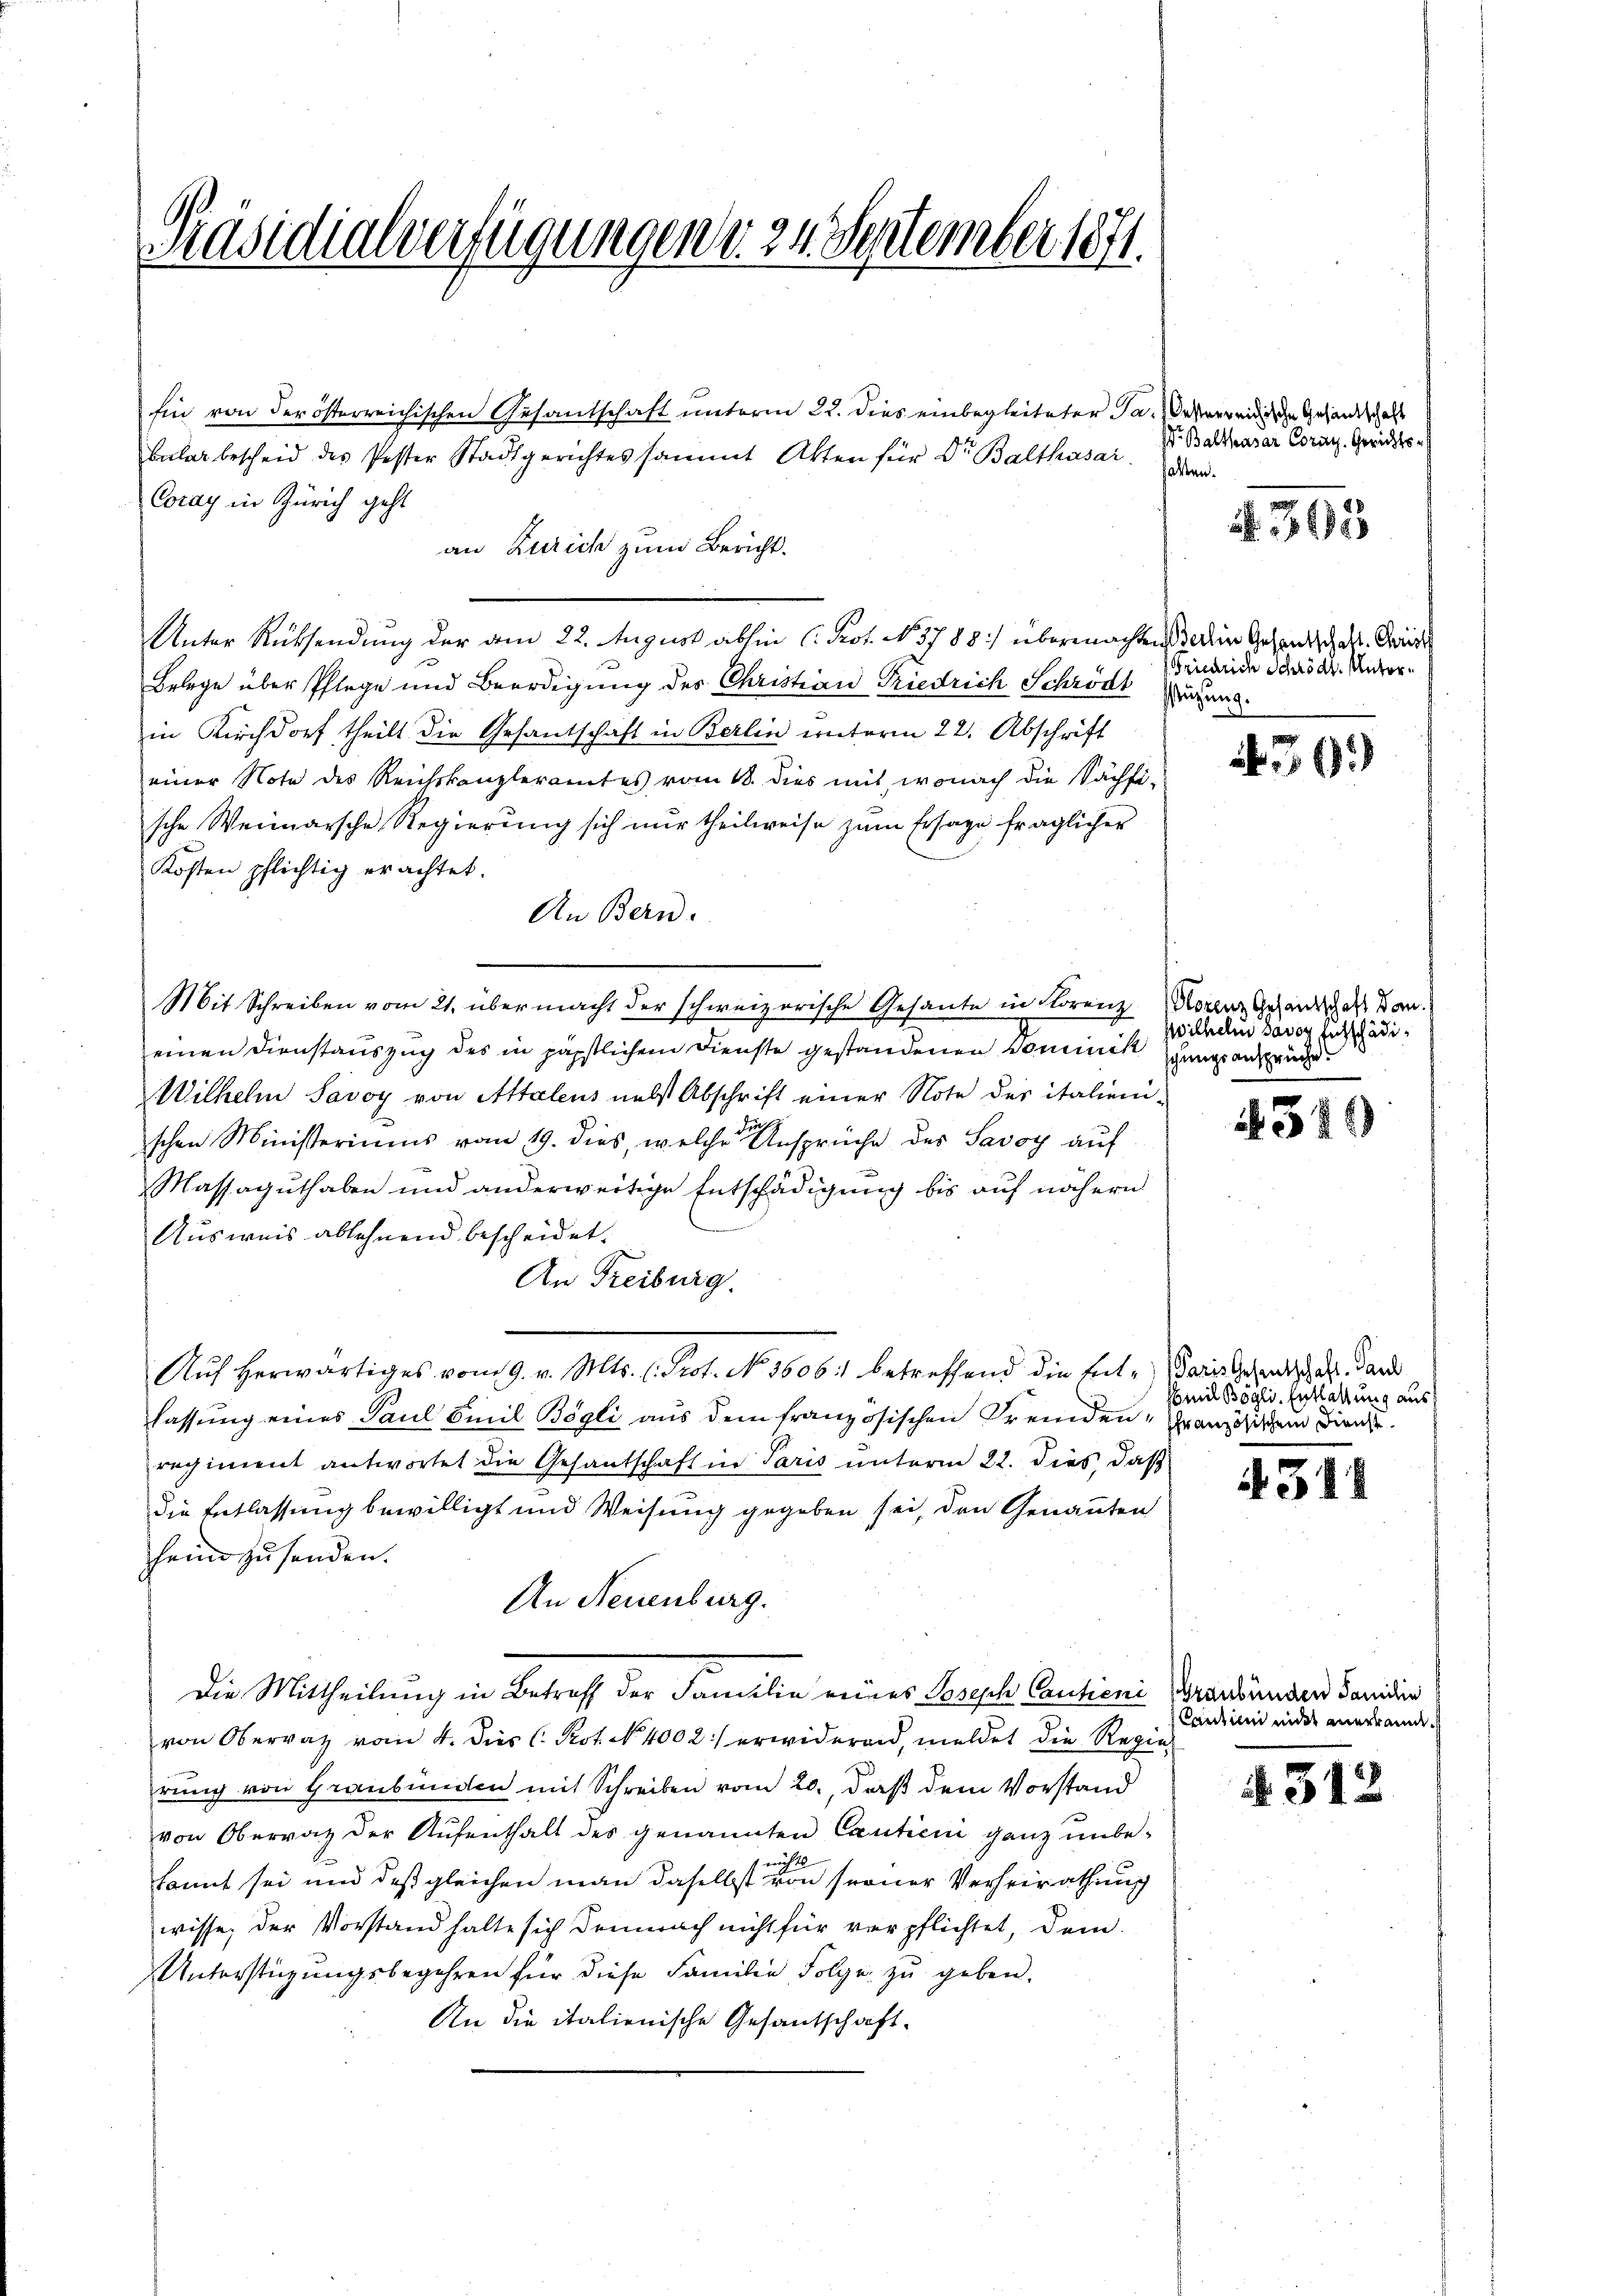
Präsidialverfügungen d. 24. September 1871.

Ein von der österreichischen Gesantschaft unterm 22. dies einbegleiteter Ja. Unterreichische Gesandtschaft
bular bescheid des Pester Stadtgerichtes sammt Akten für Dr. Balthasar den
Coray in Zürich geht
an Zürich zum Bericht.
Unter Rücksendung der am 22. August abhin C. Kot. N. 3788:/ übermachtens ein Gesandtsch der Sani
Belege über Pflege und Beerdigung des Christian Friedrich Schrödt Grund.
in Kirchdorf theilt die Gesantschaft in Berlin unterm 22. Abschrift
einer Note des Reichskanzleramtes vom 18. dies mit, wonach die Sächfi-
sche Weimarsche Regierung sich nur theilweise zum Ersage fraglicher
Kosten pflichtig erachtet.
An Bern.
Mit Schreiben vom 21. über macht der schweizerische Gesante in Norenz
einen Dienstauszug des in päpstlichem Dienste gestandenen Dominik Gang anzuge
Wilhelm Savoy von Attalens nebst Abschrift einer Note der italien-
schen Ministeriums vom 19. dies, welche Ansprüche des Savoy auf
Massaguthaben und anderweitige Entschädigung bis auf nähern
Ausweis ablehnend bescheidet.
An Freiburg.
Auf herwärtiges vom 9. v. Mts. l. Prot. No. 3606 betreffend die Ent- Paris Gesandschaft. Dan
lassung eines Paul Emil Bögli aus dem französischen Fremden Französischen Dienst
regiment antwortet die Gesantschaft in Paris unterm 22. dies, daß
die Entlassung bewilligt und Weisung gegeben sei, den Genannten
heim zusenden.
An Neuenburg.
Die Mittheilung in Betreff der Familie eines Bereche Cautioni
von Oberrat vom 4. dies C. Prot. N. 4002) erwideren, meldet die Regie
rung von Graubünden mit Schreiben vom 20., daß dem Vorstand
von Oberrat der Aufenthalt des genannten Cautioni ganz unbei 20.
kannt sei und daß gleichen man daselbst von seiner Verheirathung
wisse, der Vorstand halte sich demnach nicht für verpflichtet, dem
Unterstüzungsbegehren für diese Familie Folge zu geben.
An die italienische Gesandschaft.

Dr. Balthasar Coral. Gerichts-

. 365

Friedrich Schrödt. Unter¬

39.)

Plorenz Gesandtschaft dan
Wilhelm davor hochschädi¬

319

Emil Bögli. Entlastung aus

312

Graubünden Familie
Cantum inder anerkende

A 312